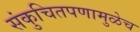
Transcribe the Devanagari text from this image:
संकुचितपणामुळेच